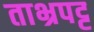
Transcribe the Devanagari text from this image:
ताभ्रपट्ट